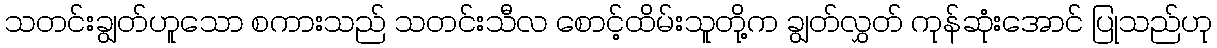
သတင်းချွတ်ဟူသော စကားသည် သတင်းသီလ စောင့်ထိမ်းသူတို့က ချွတ်လွှတ် ကုန်ဆုံးအောင် ပြုသည်ဟု